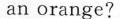
an orange?